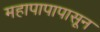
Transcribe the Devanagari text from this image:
महापापापासून